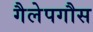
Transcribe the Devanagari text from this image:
गैलेपगौस